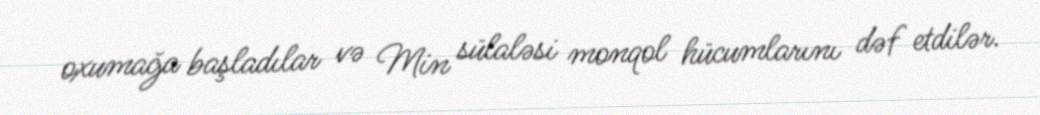
oxumağa başladılar və Min sülaləsi monqol hücumlarını dəf etdilər.